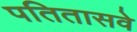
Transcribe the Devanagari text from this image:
पतितासवे